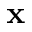
\mathbf { x }